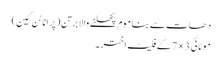
دھات سے بنا موم پگھلنے والا برتن (پرانا ٹن کین)
موٹائی 3 × 7 کے فلیٹ اختر۔